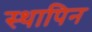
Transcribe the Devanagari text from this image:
स्थापिन